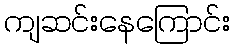
ကျဆင်းနေကြောင်း